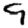
Digit: 9